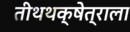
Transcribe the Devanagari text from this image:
तीथथक्षेत्राला